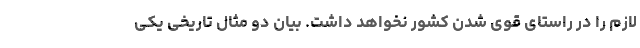
لازم را در راستای قوی شدن کشور نخواهد داشت. بیان دو مثال تاریخی یکی